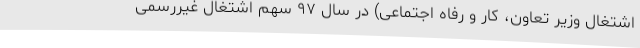
اشتغال وزیر تعاون، کار و رفاه اجتماعی) در سال ۹۷ سهم اشتغال غیررسمی